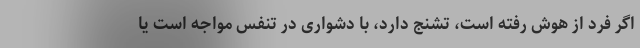
اگر فرد از هوش رفته است، تشنج دارد، با دشواری در تنفس مواجه است یا